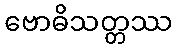
ဗောဓိသတ္တဿ